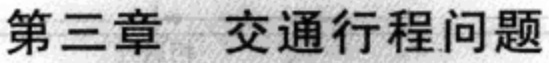
第三章 交通行程问题